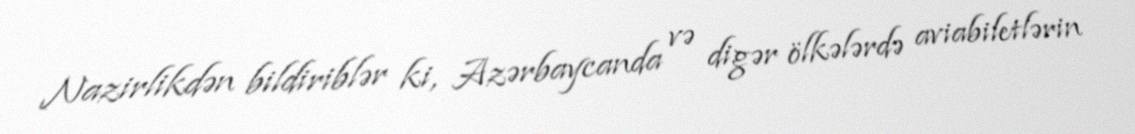
Nazirlikdən bildiriblər ki, Azərbaycanda və digər ölkələrdə aviabiletlərin